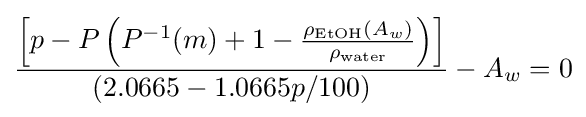
{\left[p-P\left(P^{-1}(m)+1-{\frac {\rho _{\text{EtOH}}(A_{w})}{\rho _{\text{water}}}}\right)\right] \over (2.0665-1.0665p/100)}-A_{w}=0